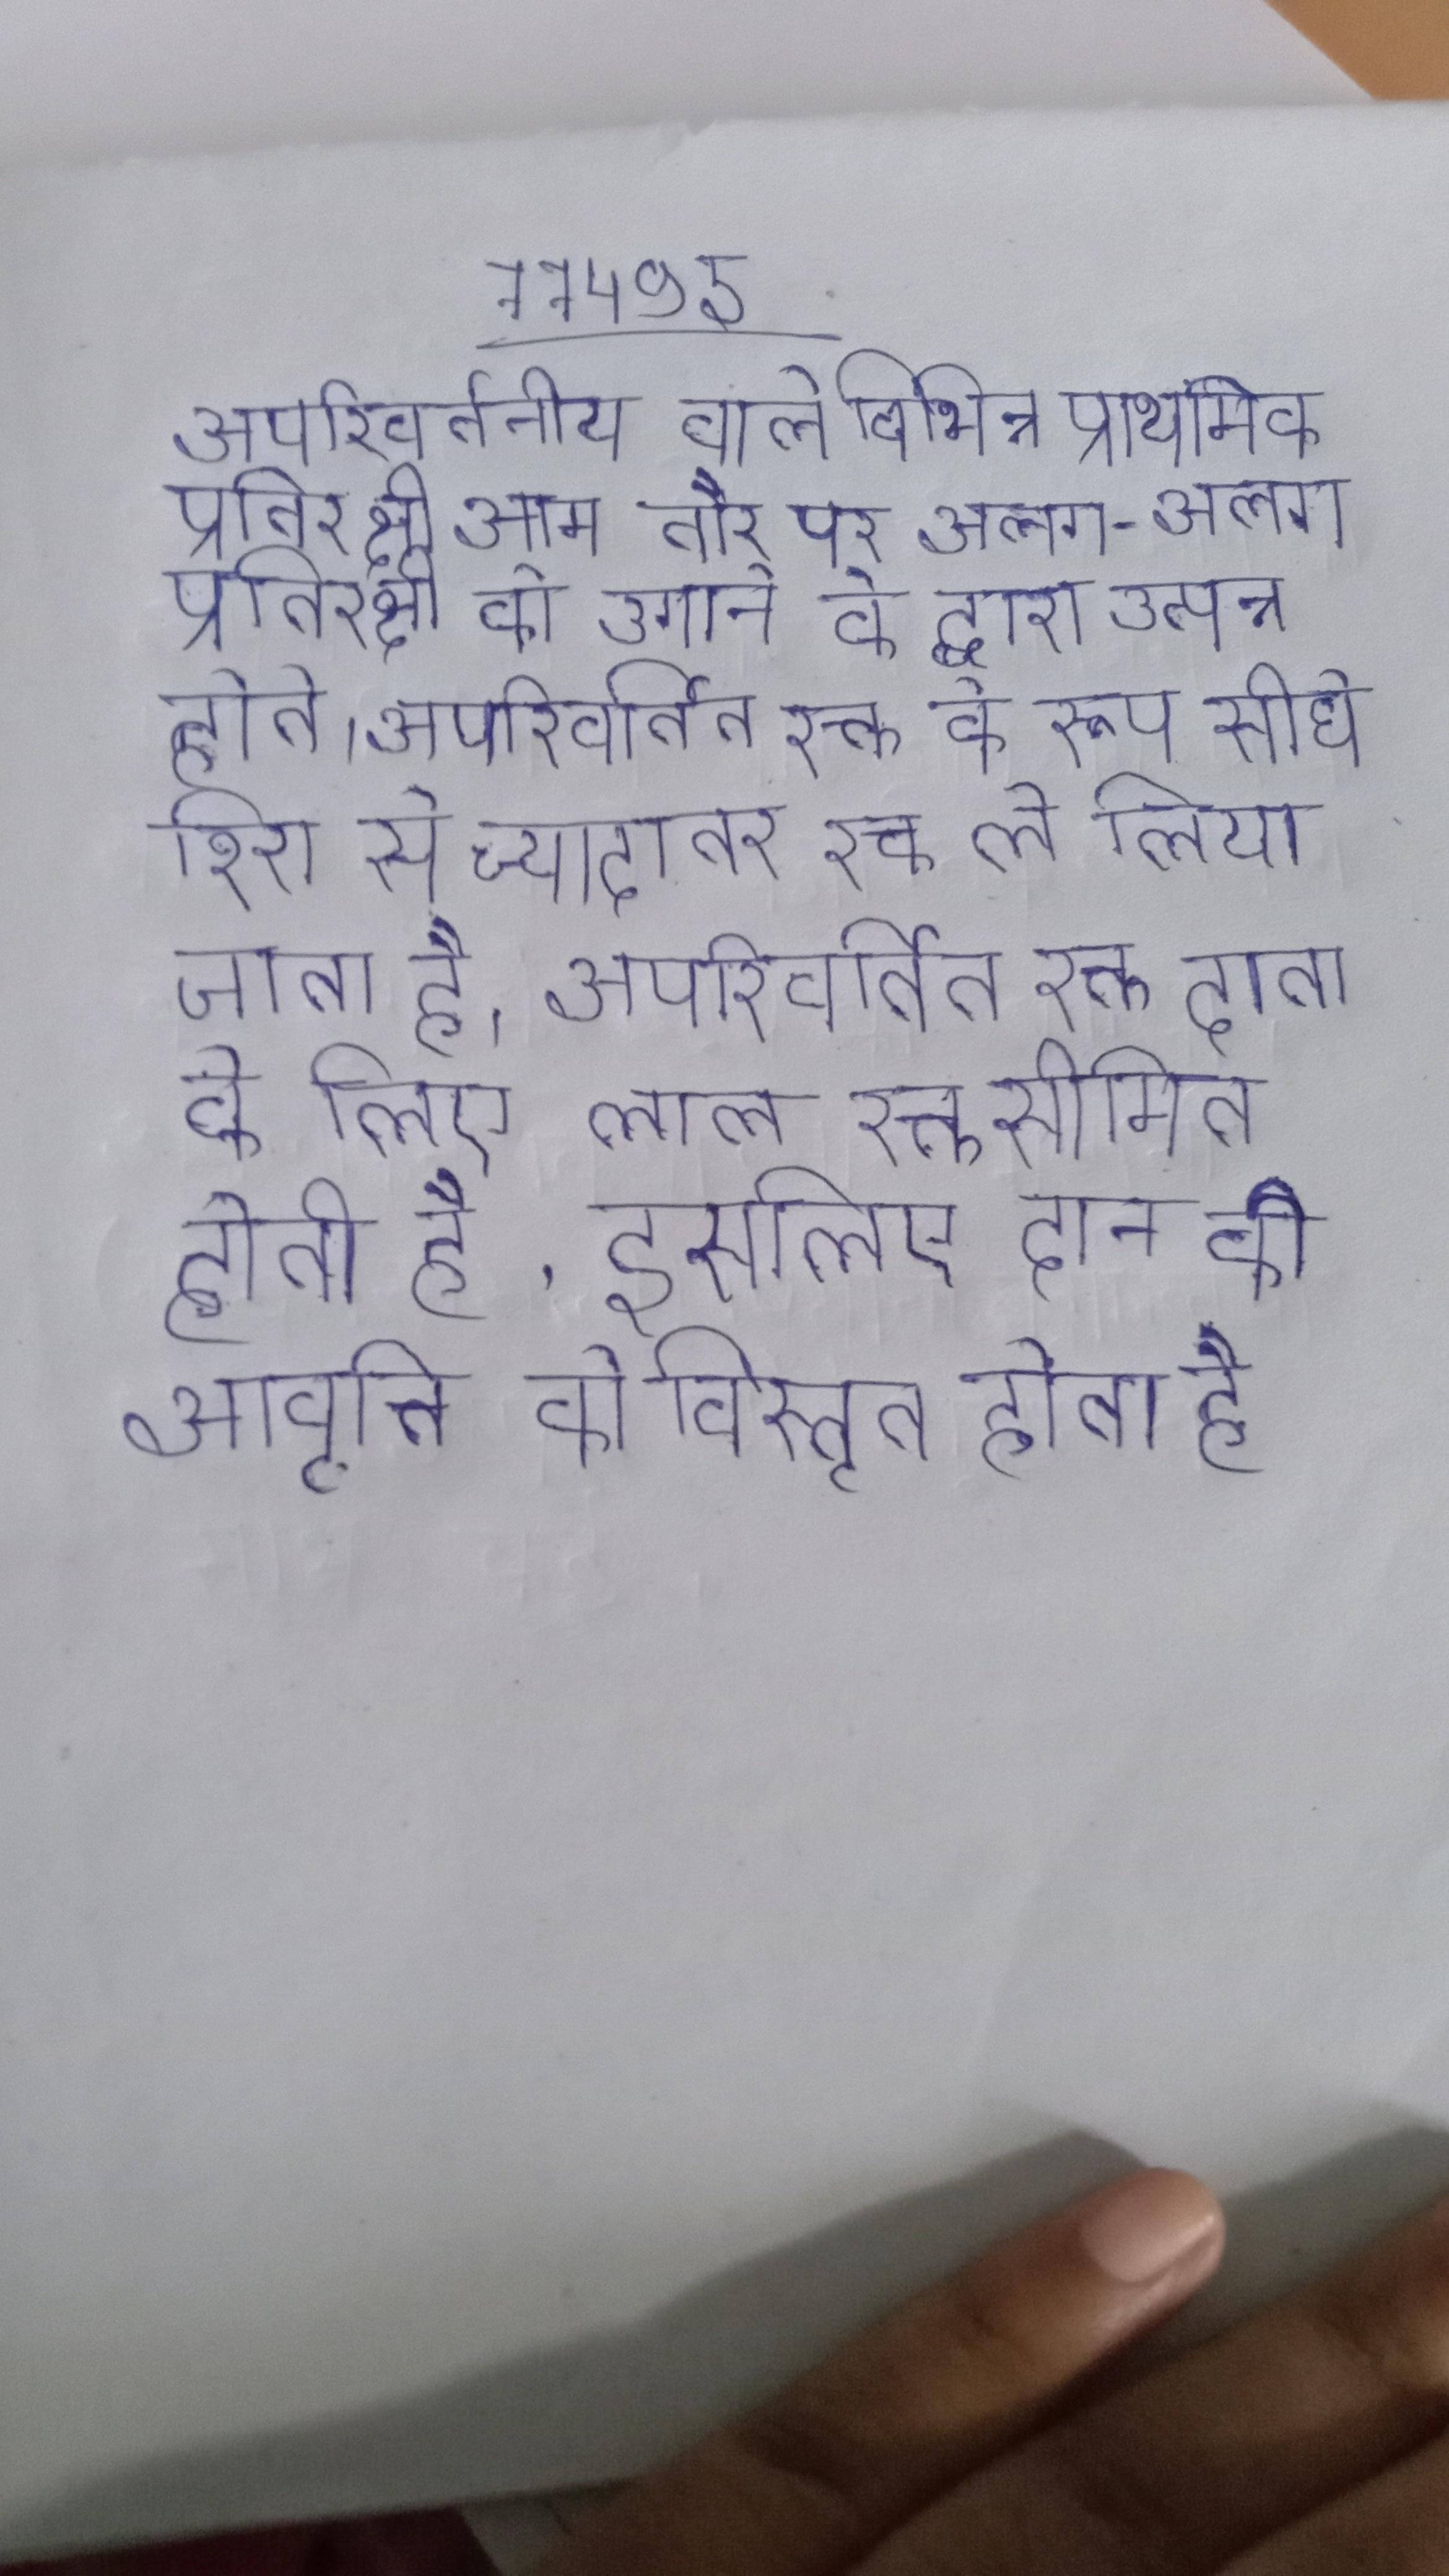
अपरिवर्तनीय वाले विभिन्न प्राथमिक प्रतिरक्षी आम तौर पर अलग-अलग प्रतिरक्षी को उगाने के द्वारा उत्पन्न होते । अपरिवर्तित रक्त के रूप सीधे शिरा से ज्यादातर रक्त ले लिया जाता है । अपरिवर्तित रक्त दाता के लिए लाल रक्त सीमित होती है, इसलिए दान की आवृत्ति को विस्तृत होता है ।